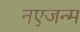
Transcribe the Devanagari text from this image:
नएजन्म